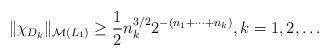
LaTeX: \begin{align*}\|\chi_{D_k}\|_{\mathcal{M}(L_1)} \ge \frac{1}{2}n_k^{3/2}{2^{-(n_1+\dots +n_k)}},k=1,2,\dots\end{align*}